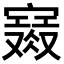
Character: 𡫙